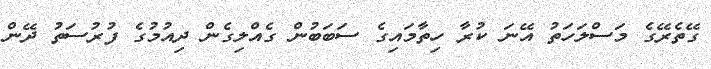
ގޭތެރޭގެ މަސްލަހަތު އޭނަ ކުރާ ހިތާމައިގެ ސަބަބުން ގެއްލިގެން ދިއުމުގެ ފުރުސަތު ދޭން